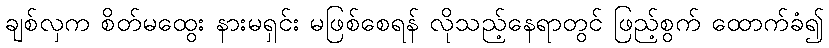
ချစ်လှက စိတ်မထွေး နားမရှင်း မဖြစ်စေရန် လိုသည့်နေရာတွင် ဖြည့်စွက် ထောက်ခံ၍